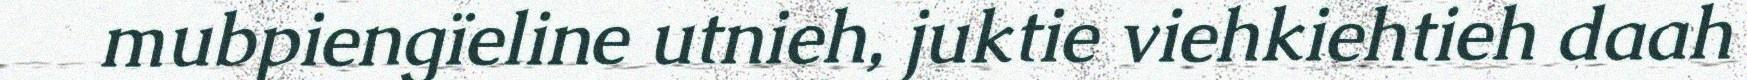
mubpiengïeline utnieh, juktie viehkiehtieh daah